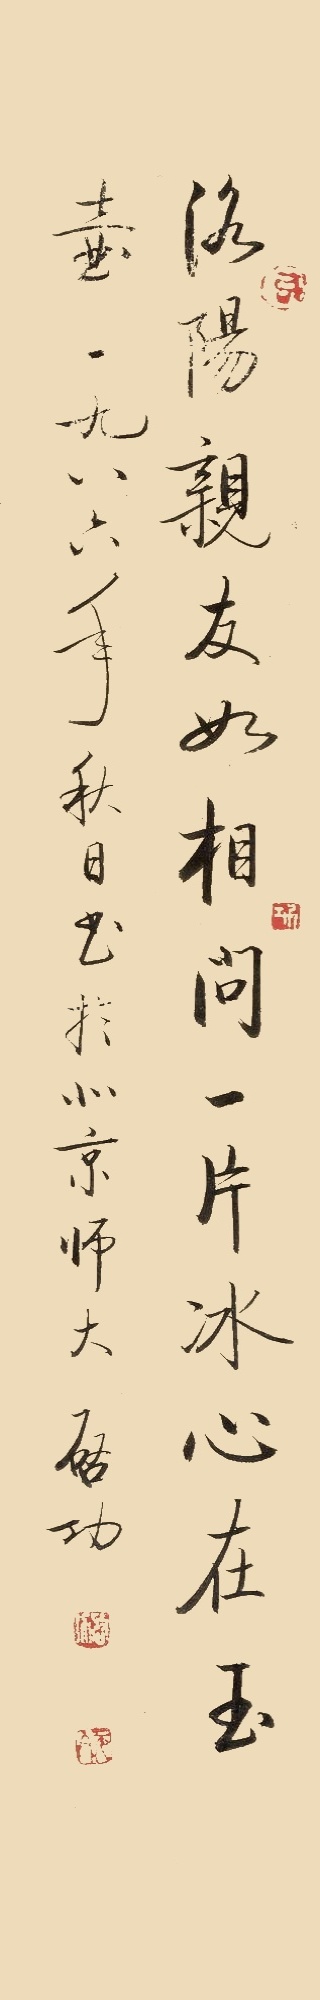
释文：洛阳亲友如相问，一片冰心在玉壶一九八六年秋日书于北京师大，启功。